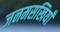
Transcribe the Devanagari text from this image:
जनमसखियाँ